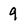
Character: 9